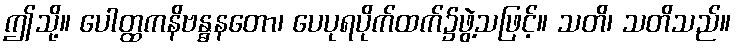
ဤသို့။ ပေါတ္ထကနိဗန္ဓနတော၊ ပေပုရပိုက်ထက်၌ဖွဲ့သဖြင့်။ သတိ၊ သတိသည်။